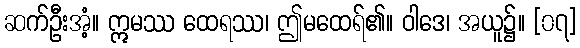
ဆက်ဦးအံ့။ ဣမဿ ထေရဿ၊ ဤမထေရ်၏။ ဝါဒေ၊ အယူ၌။ [၀၇]